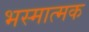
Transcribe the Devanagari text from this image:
भस्मात्मक